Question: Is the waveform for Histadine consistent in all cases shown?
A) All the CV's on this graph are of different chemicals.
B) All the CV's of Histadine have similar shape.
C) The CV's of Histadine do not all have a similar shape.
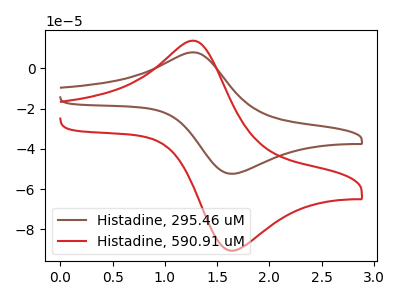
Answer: <think>The brown curve "Histadine, 295.46 uM" has an anodic peak at (1.25V, 7.95uA) and a cathodic peak at (1.65V, -52.45uA). The red curve "Histadine, 590.91 uM" has an anodic peak at (1.25V, 13.70uA) and a cathodic peak at (1.65V, -90.65uA).
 All the peaks in "Histadine, 295.46 uM" have a peak in "Histadine, 590.91 uM" at the same potential. Every peak in "Histadine, 295.46 uM" is lower than every peak in "Histadine, 590.91 uM".</think>
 <answer>B) All the CV's of "Histadine" have similar shape.</answer>
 <eval>B</eval>